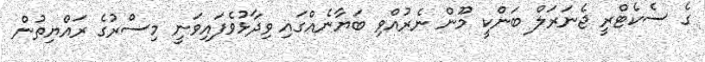
ގެ ސެކެޓްރީ ޖެނަރަލް ބަންކީ މޫން ނެރުއްވި ބަޔާނެއްގައި ވިދާޅުވެފައިވަނީ މިސްރުގެ ރައްޔިތުން